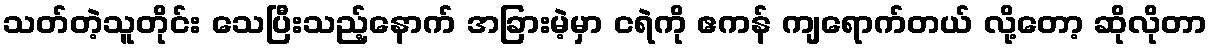
သတ်တဲ့သူတိုင်း သေပြီးသည့်နောက် အခြားမဲ့မှာ ငရဲကို ဧကန် ကျရောက်တယ် လို့တော့ ဆိုလိုတာ